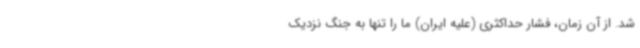
شد. از آن زمان، فشار حداکثری (علیه ایران) ما را تنها به جنگ نزدیک